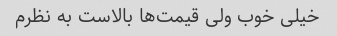
خیلی خوب ولی قیمت‌ها بالاست به نظرم